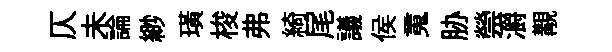
仄未論緲璜梭弗綺尾議侯䰟胁禜灂覯